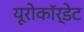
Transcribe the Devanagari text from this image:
यूरोकॉर्डेट